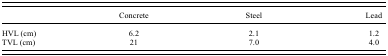
|  | Concrete | Steel | Lead |
 | --- | --- | --- | --- |
 | HVL (cm) | 6.2 | 2.1 | 1.2 |
 | TVL (cm) | 21 | 7.0 | 4.0 |